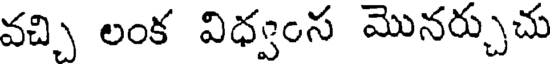
వచ్చి లంక విధ్వంస మొనర్చుచు